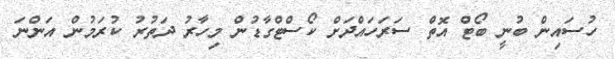
ހުސައިން ބުނީ ބޯޓް އޮތް ސަރަހައްދަށް ކޯސްޓްގާޑުން މިހާރު ދަތުރު ކުރަމުން އަންނަ